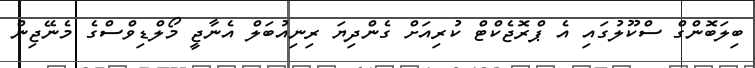
ބިލަބޮންގް ސްކޫލުގައި އެ ޕްރޮޖެކްޓް ކުރިއަށް ގެންދިޔަ ރިނިއުބަލް އެނާޖީ މޯލްޑިވްސްގެ މެނޭޖިން